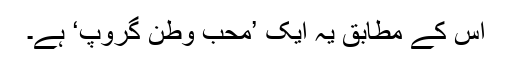
اس کے مطابق یہ ایک ’محب وطن گروپ‘ ہے۔